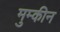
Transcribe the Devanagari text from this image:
मुम्कीन